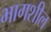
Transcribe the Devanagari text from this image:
भागशील